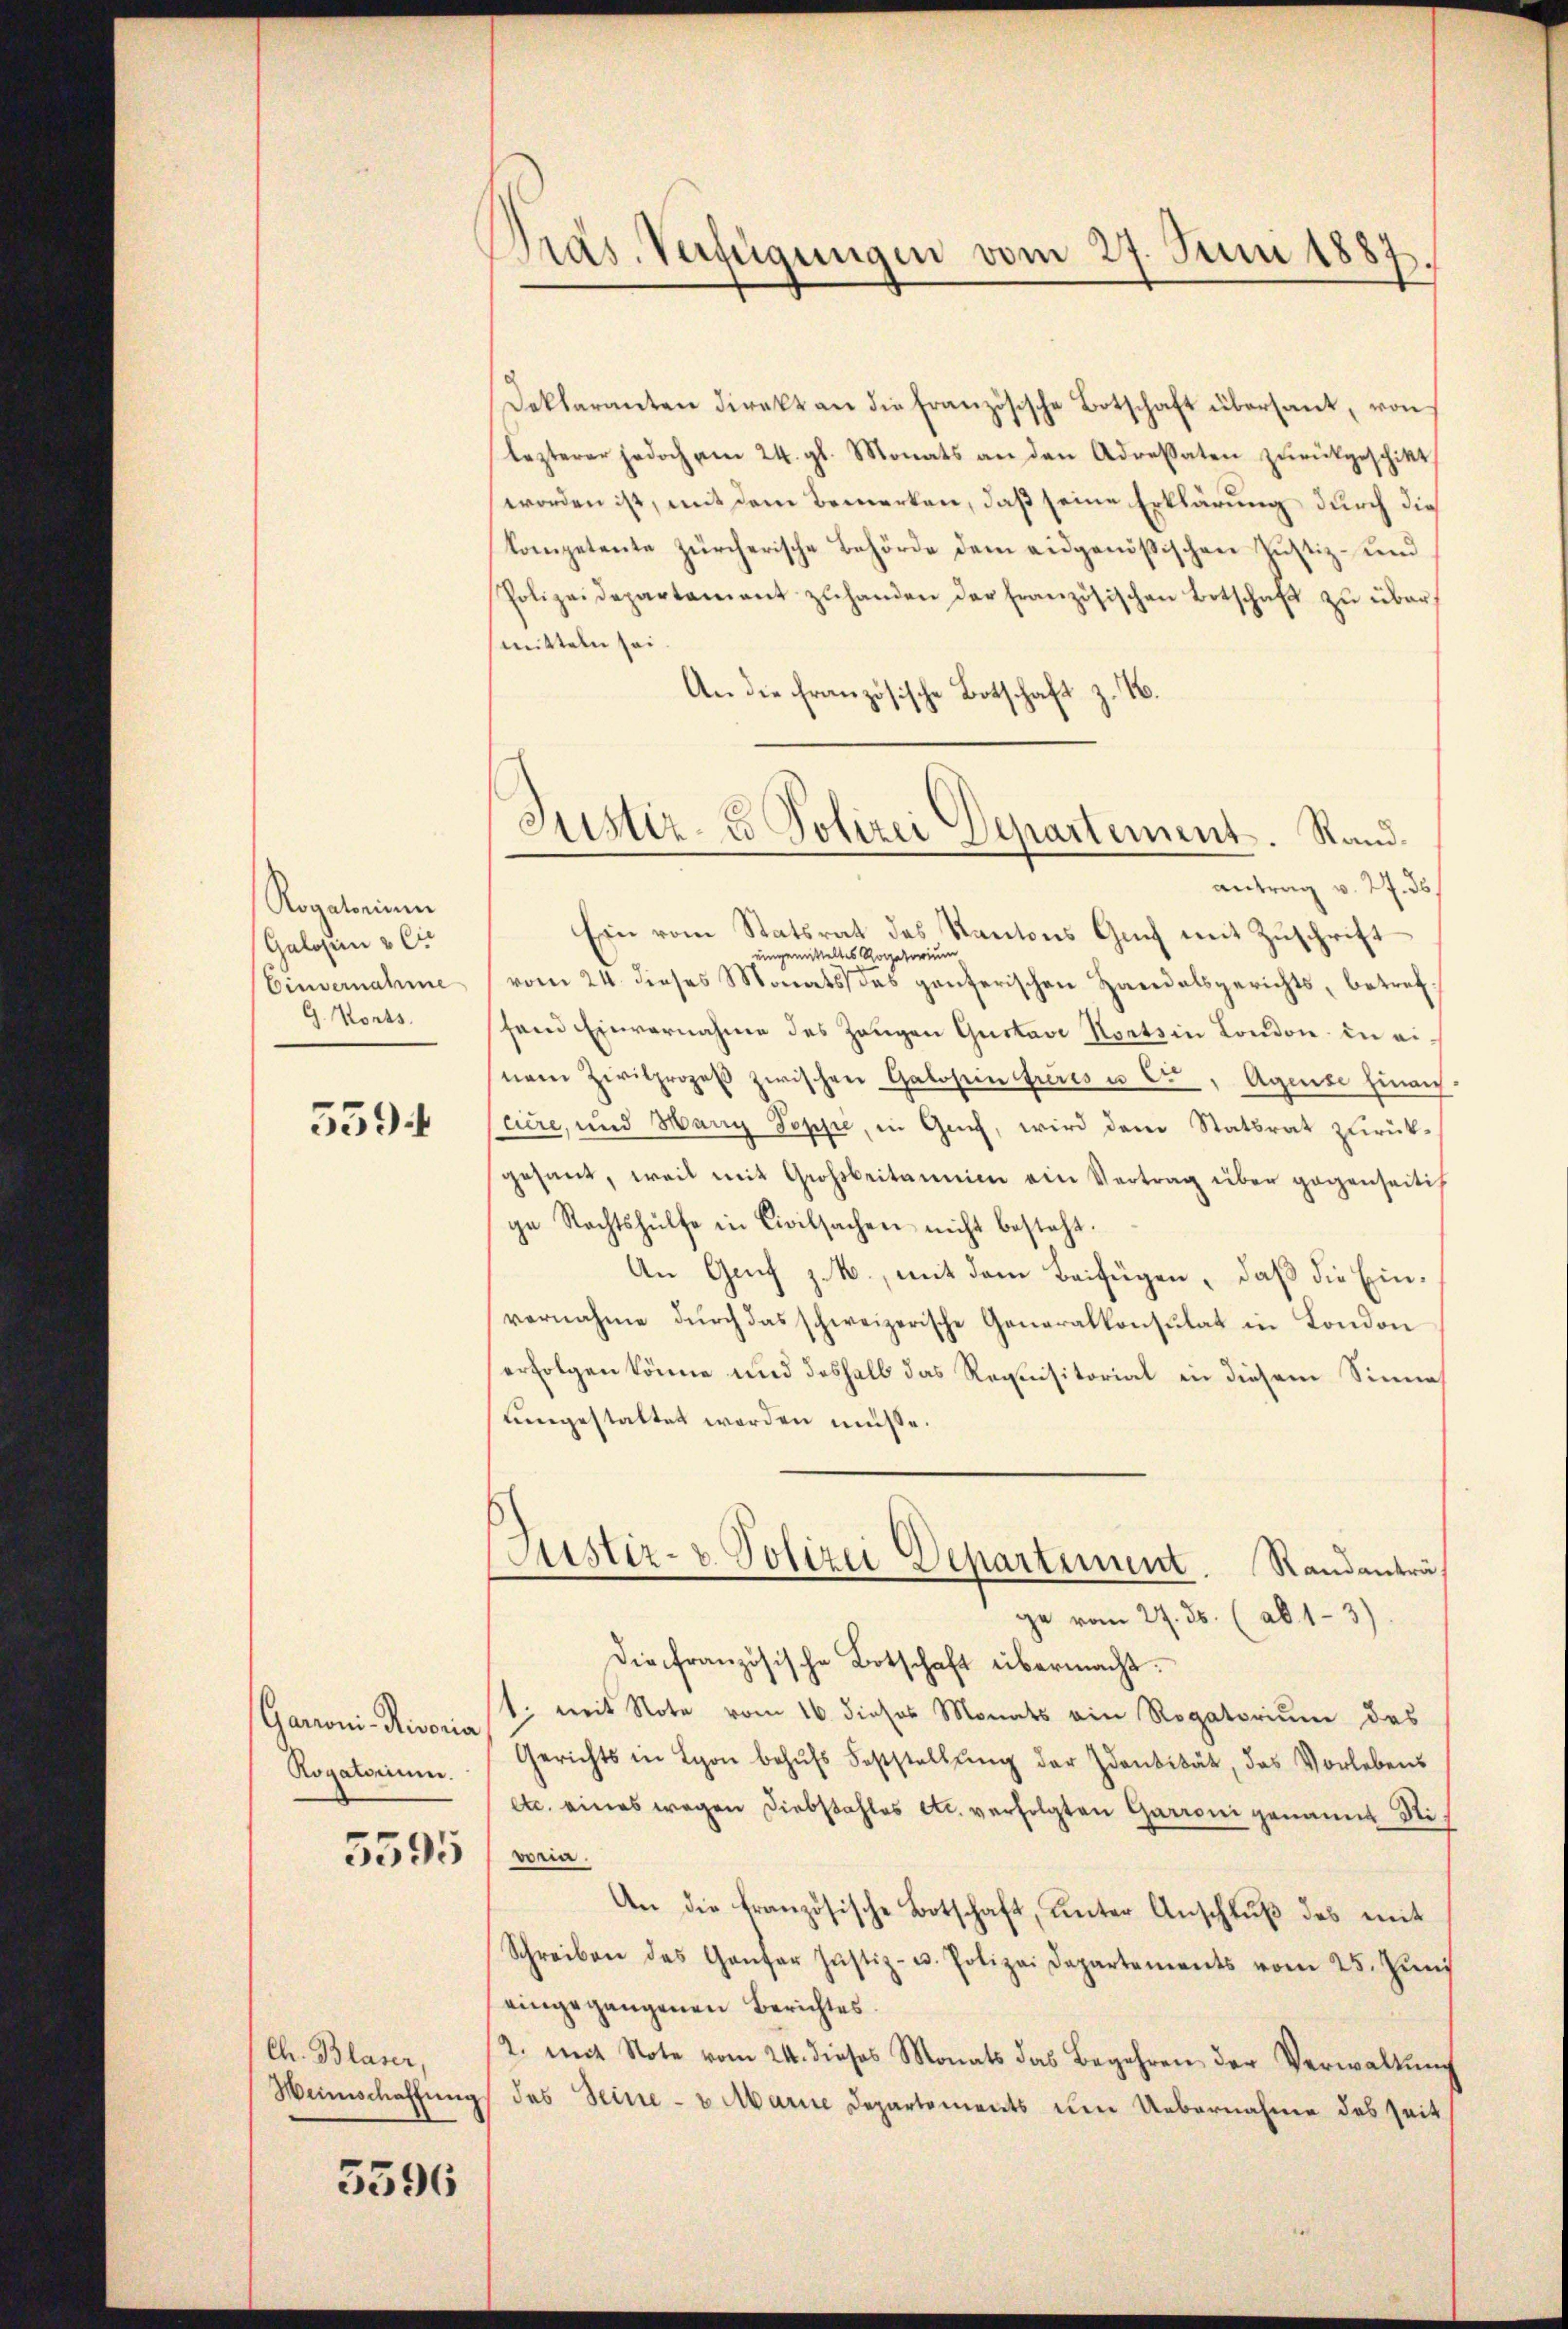
Rogatorium
Galosen & Cie
Einvernahme
G. Korts.

3394

Garroni-Risoria
Rogatorium.

5595

Ch. Blaser,
Weinschaffung

5596

Präs. Verfügungen vom 27. Juni 1887
e

Justiz- & Polizei Departement. Rand¬

Deklaranten direkt an die Französische Botschaft übersant, von
lezterer jedoch am 24. gl. Monats an den Adressaten zŭrückgeschikt
worden ist, mit dem Bemerken, daß seine Erklärung durch dies
kompetente zürcherische Behörde dem eidgenößischen Justiz- und
Polizeidepartament zŭhanden der französischen Botschaft zŭ über
mitteln sei
An die Französische Botschaft z. B.
antrag v. 27. ds.
Ein vom Statsrat des Kantons Auch mit Zuschrift
eingemitteltes Rogatorium
vom 24. dieses Monats das ganzerischen Handalsgerichts, betrefhard Einvernahme des Zeugen Gustav Koats in London in einem Zivilprozeß zwischen Galosein freies u Ct, Agense hinaussciere, und Harry Teppe, in Guch, wird dem Statsrat zurückgesant, weil mit Großbritannien ein Vertrag über gegenseitig
ge Rechtshülfe in Civilsachen nicht besteht.
An Grif z. B., mit dem Beifügen, daß die Einvernahme durch das schweizerische Generalkonsulat in London
erfolgen könne und deshalb das Requisitorial in diesem Sinne
umgestaltet werden müße.
Justiz- & Polizei Departement. Randanträge vom 27. ds. (ab 13)
Die französische Botschaft übermacht.
1. mit Note vom 16. dieses Monats ein Rogatorium des
Gerichts in Lyon behŭfs Feststellŭng der Identität, das Vorlebens
etc. eines wegen Diebstahles etc. verfolgten Garroni genannt Stivor.
An die französische Botschaft, unter Anschlŭβ des mit
Schreiben des Gantor Justiz- u. Polizei Departements vom 25. Jŭni
eingegangenen Berichtes.
2. mit Note vom 24. dieses Monats das Begehren der Verwaltŭng
des Seine - u Marie Departements um Uebernahme des Zeit